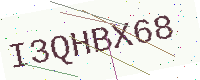
Text: I3QHBX68